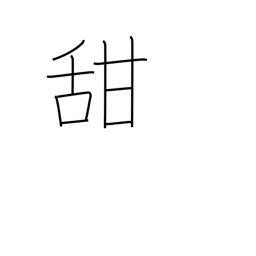
Meaning: sweet